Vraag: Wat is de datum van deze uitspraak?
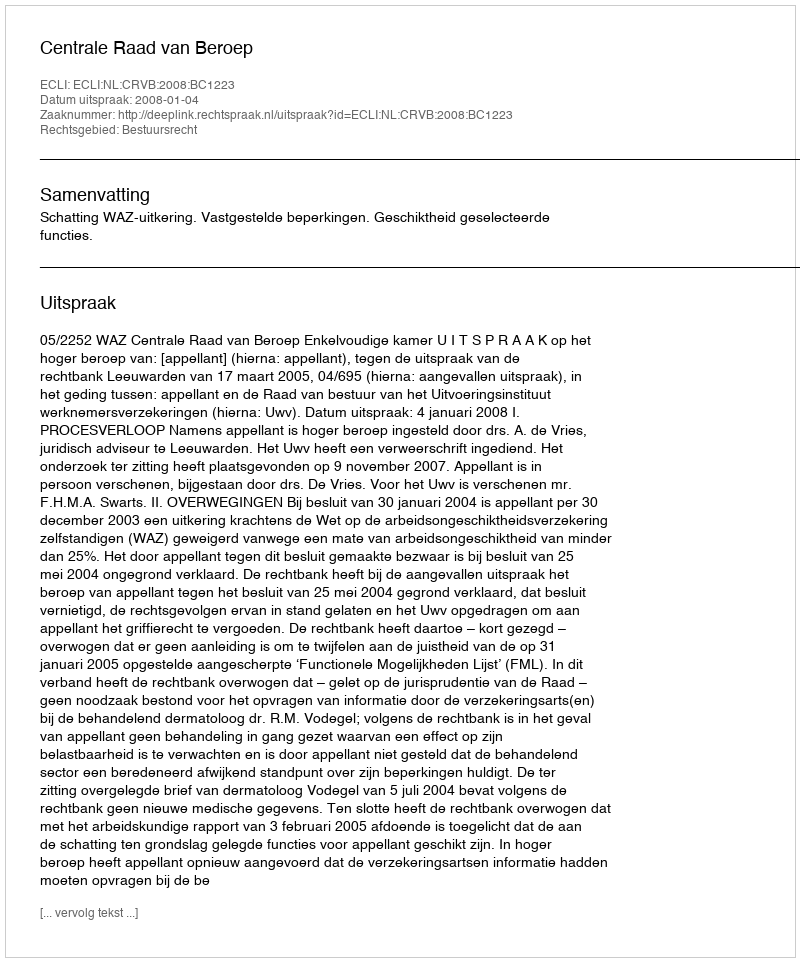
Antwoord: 2008-01-04